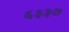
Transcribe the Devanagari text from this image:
६३३७